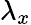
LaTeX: \lambda_{x}